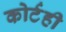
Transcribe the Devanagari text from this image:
कोर्टही